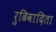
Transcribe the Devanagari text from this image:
रुढिवादिता